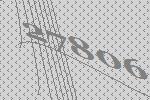
27806